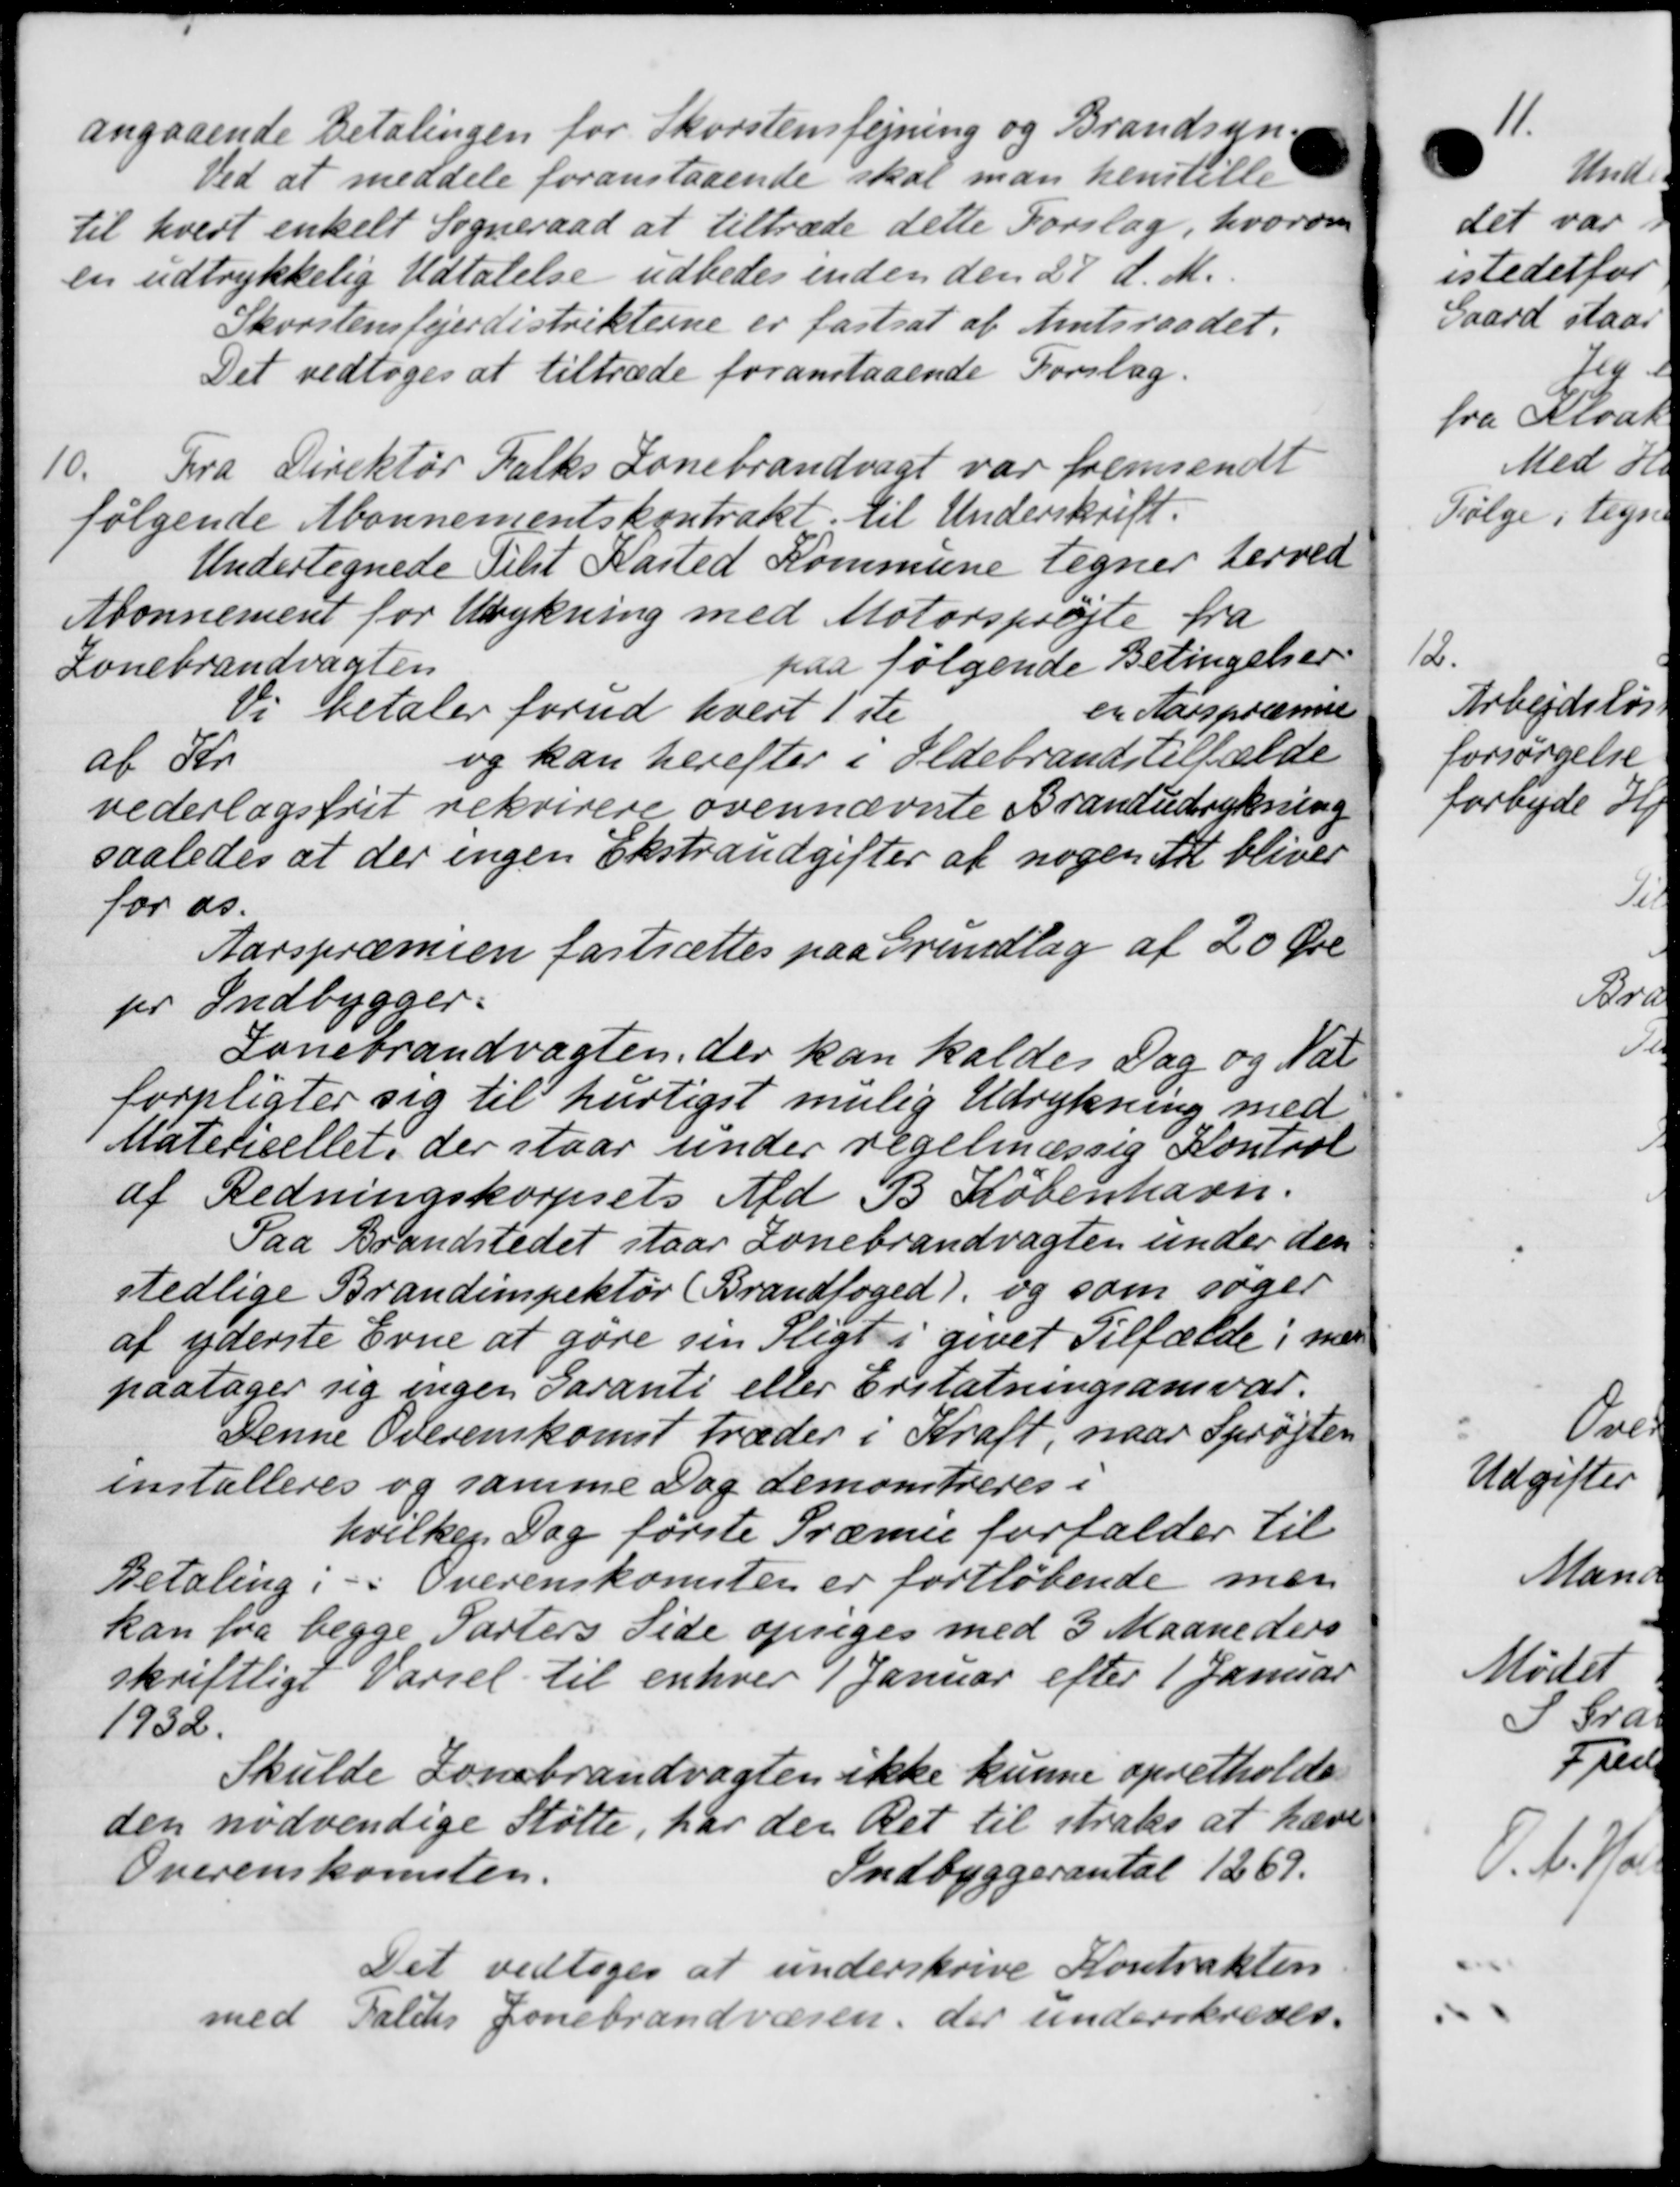
Transskription:
angaaende Betalingen for Skorstensfejning og Brandsyn.
Ved at meddele foranstaaende skal man henstille
til hvert enkelt Sogneraad at tiltræde dette Forslag, hvorom
en udtrykkelig Udtalelse udbedes inden den 27 d. M.
Skorstensfejerdistrikterne er fastsat af Amtsraadet.
Det vedtoges at tiltræde foranstaaende Forslag.
10.
Fra Direktør Falks Lonebrandvagt var fremsendt
følgende Abonnementskontrakt. til Underskrift.
Undertegnede Tilst Kasted Kommune tegner herved
Abonnement for Udrykning med Motorsprøjte fra
Konebrandvagten
paa følgende Betingelser
Vi betaler forud hvert 1ste
en Aarspræse
at Ka
og kan herefter i Ildebrandstilfælde
vederlagsfrit rekvirere ovennævnte Brandudrykning
saaledes at der ingen Ekstraudgifter af nogen til bliver
for os.
Aarspræmien fastsættes paa Grundlag af 20 Øre
pr Indbygger.
Lonebrandvægten, der kan kaldes Dag og Nat
forpligter sig til hurtigst mulig Udrykning med
Materieellet, der staar under regelmæssig Kontrol
af Redningskorpsets Afd. B. København.
Paa Brandstedet staar Lonebrandvagten under den
stedlige Brandinspektør Brandfoged), og som søger
af yderste Evne at gøre sin Pligt i givet Tilfælde i med
paatager sig ingen Garanti eller Erstatningsansvar.
Denne Overenskomst træder i Kraft, naar Sprøjten
installeres og samme Dag demonstreres i
hvilken Dag første Præmie forfalder til
Betaling. - : Overenskomsten er foreløbende men
kan fra begge Parters Side opsiges med 3 Maaneders
skriftligt Varsel til enhver 1 Januar efter 1 Januar
1932.
Skulde Zonebrandvægten ikke kunne opretholde
den nødvendige Støtte, har der Ret til straks at hæve
Overenskomsten.
Indbyggerantal 1269.
Det vedtoges at underskrive Kontrakten
med Faldes Jonebrandvæsen, der underskreves.